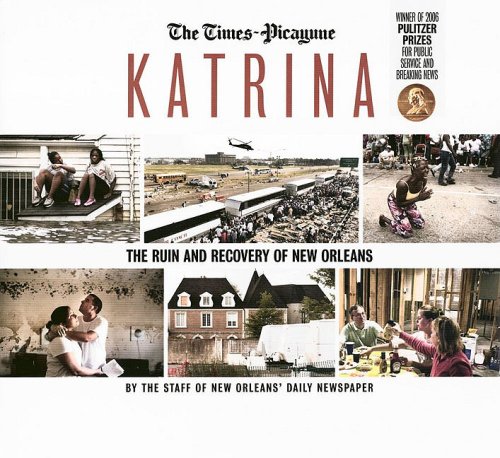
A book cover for Katrina: The Ruin and Recovery of New Orleans; Science & Math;